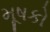
મૂષકો